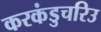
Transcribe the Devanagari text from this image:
करकंडुचरिउ